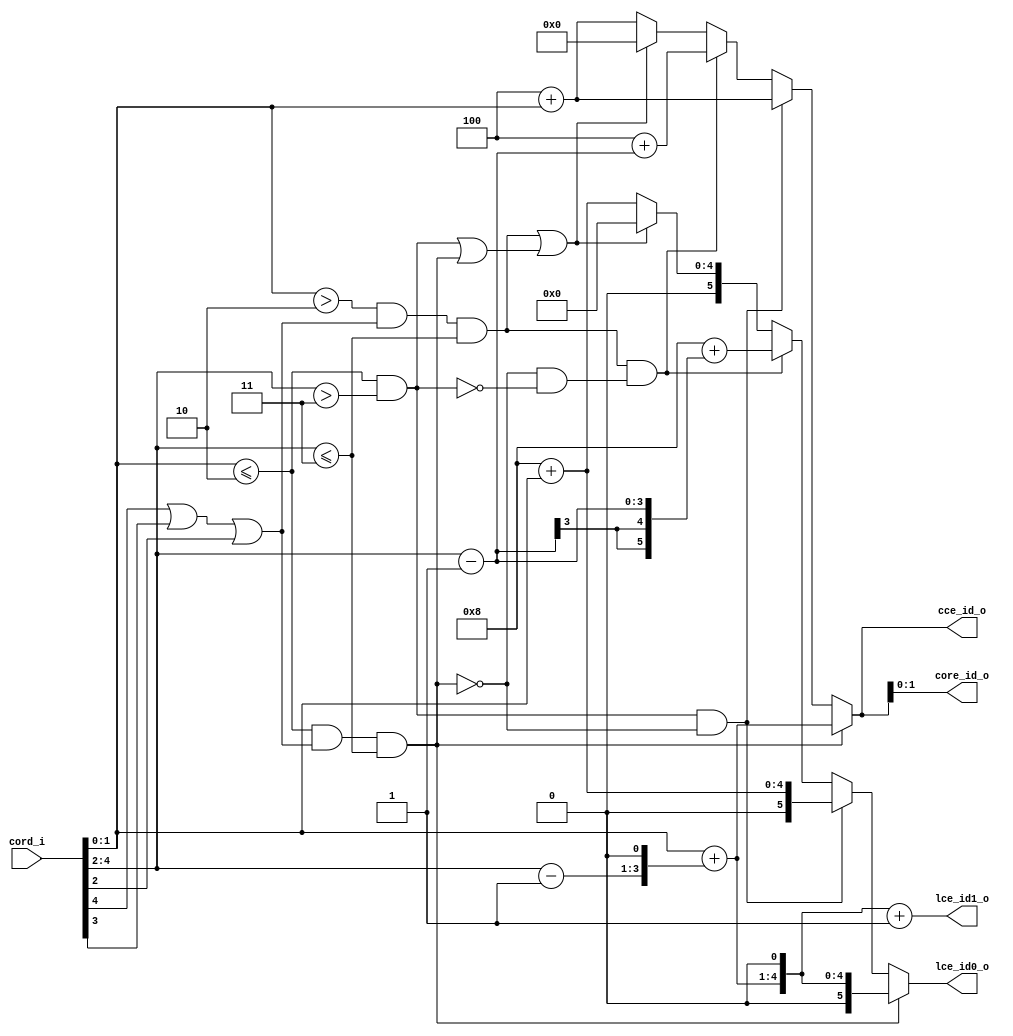
// This program was cloned from: https://github.com/NYU-MLDA/OpenABC
// License: BSD 3-Clause "New" or "Revised" License

module bp_me_cord_to_id_05
(
  cord_i,
  core_id_o,
  cce_id_o,
  lce_id0_o,
  lce_id1_o
);

  input [4:0] cord_i;
  output [1:0] core_id_o;
  output [3:0] cce_id_o;
  output [5:0] lce_id0_o;
  output [5:0] lce_id1_o;
  wire [1:0] core_id_o;
  wire [3:0] cce_id_o;
  wire [5:0] lce_id0_o,lce_id1_o;
  wire N6,N7,N8,cord_in_cc_li,N9,cord_in_mc_li,N10,cord_in_ac_li,N11,N12,N13,N14,N15,
  N16,N17,N18,N19,N20,N21,N22,N23,N24,N25,N26,N27,N28,N29,N30,N31,N32,N33,N34,N35,
  N36,N37,N38,N39,N40,N41,N42,N43,N44,N45,N46,N47,N48,N49,N50,N51,N52,N53,N54,N55,
  N56,N57,N58,N59,N60,N61,N62,N63,N64,N65,N66,N67,N68,N69,N70,N71;
  assign cce_id_o[1] = core_id_o[1];
  assign cce_id_o[0] = core_id_o[0];
  assign N7 = cord_i[1:0] <= { 1'b1, 1'b0 };
  assign N8 = cord_i[4:2] <= { 1'b1, 1'b1 };
  assign N9 = cord_i[4:2] > { 1'b1, 1'b1 };
  assign N10 = cord_i[1:0] > { 1'b1, 1'b0 };
  assign { N16, N15, N14 } = cord_i[4:2] - 1'b1;
  assign { N20, N19, N18, N17 } = cord_i[1:0] + { N16, N15, N14, 1'b0 };
  assign { N26, N25, N24, N23, N22, N21 } = { N20, N19, N18, N17, 1'b0 } + 1'b1;
  assign { N31, N30, N29, N28 } = { 1'b1, 1'b0, 1'b0 } + cord_i[1:0];
  assign { N36, N35, N34, N33, N32 } = { 1'b1, 1'b0, 1'b0, 1'b0 } + cord_i[1:0];
  assign lce_id1_o[0] = N21;
  assign lce_id1_o[1] = N22;
  assign lce_id1_o[2] = N23;
  assign lce_id1_o[3] = N24;
  assign lce_id1_o[4] = N25;
  assign lce_id1_o[5] = N26;
  assign { N55, N54, N53, N52 } = { 1'b1, 1'b0, 1'b0 } + cord_i[1:0];
  assign { N60, N59, N58, N57, N56 } = { 1'b1, 1'b0, 1'b0, 1'b0 } + cord_i[1:0];
  assign { N41, N40, N39, N38 } = cord_i[4:2] - 1'b1;
  assign { N45, N44, N43, N42 } = { 1'b1, 1'b0, 1'b0 } + { N41, N40, N39, N38 };
  assign { N51, N50, N49, N48, N47, N46 } = { 1'b1, 1'b0, 1'b0, 1'b0 } + { N41, N41, N41, N40, N39, N38 };
  assign { cce_id_o[3:2], core_id_o } = (N6)? { N20, N19, N18, N17 } : 
                                        (N62)? { N31, N30, N29, N28 } : 
                                        (N65)? { N45, N44, N43, N42 } : 
                                        (N13)? { N55, N54, N53, N52 } : 1'b0;
  assign N6 = cord_in_cc_li;
  assign lce_id0_o = (N6)? { 1'b0, N20, N19, N18, N17, 1'b0 } : 
                     (N62)? { 1'b0, N36, N35, N34, N33, N32 } : 
                     (N65)? { N51, N50, N49, N48, N47, N46 } : 
                     (N13)? { 1'b0, N60, N59, N58, N57, N56 } : 1'b0;
  assign cord_in_cc_li = N68 & N8;
  assign N68 = N7 & N67;
  assign N67 = N66 | cord_i[2];
  assign N66 = cord_i[4] | cord_i[3];
  assign cord_in_mc_li = N7 & N9;
  assign cord_in_ac_li = N71 & N8;
  assign N71 = N10 & N70;
  assign N70 = N69 | cord_i[2];
  assign N69 = cord_i[4] | cord_i[3];
  assign N11 = cord_in_mc_li | cord_in_cc_li;
  assign N12 = cord_in_ac_li | N11;
  assign N13 = ~N12;
  assign N27 = N62;
  assign N37 = N65;
  assign N61 = ~cord_in_cc_li;
  assign N62 = cord_in_mc_li & N61;
  assign N63 = ~cord_in_mc_li;
  assign N64 = N61 & N63;
  assign N65 = cord_in_ac_li & N64;

endmodule